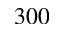
3 0 0